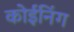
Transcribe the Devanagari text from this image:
कोईनिंग